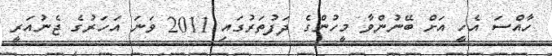
ހާއްސަ އެހީ އަށް ބޭނުންވާ މީހުންގެ ދަފުތަރުގައި 2011 ވަނަ އަހަރުގެ ޖެނުއަރީ